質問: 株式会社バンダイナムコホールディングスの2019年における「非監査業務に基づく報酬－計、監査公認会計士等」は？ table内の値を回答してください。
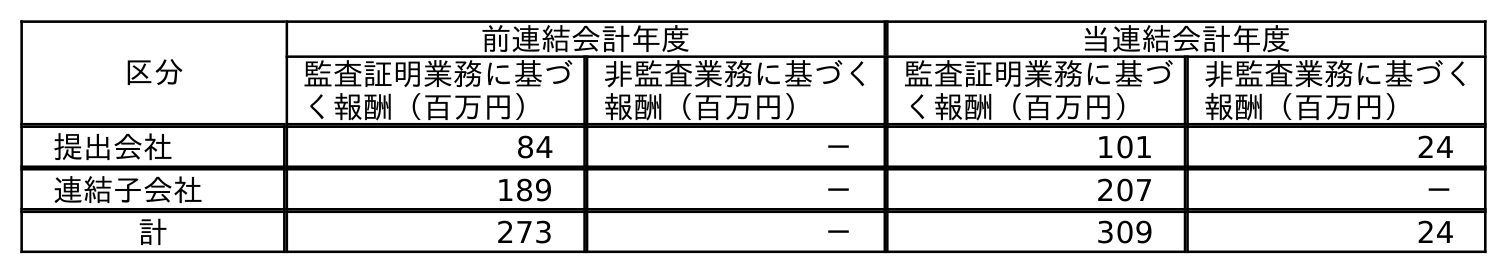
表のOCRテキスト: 区分 前連結会計年度 当連結会計年度 監査証明業務に基づ く報酬（百万円） 非監査業務に基づく 報酬（百万円） 監査証明業務に基づ く報酬（百万円） 非監査業務に基づく 報酬（百万円） 提出会社 84 － 101 24 連結子会社 189 － 207 － 計 273 － 309 24
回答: －